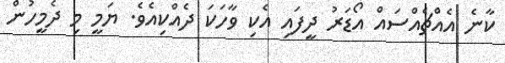
ކާނެ އެއްޗެއްސައް އޯޑަރު ދީފައި އެކި ވާހަކަ ދެއްކިއެވެ. ޔަމީ މި ދެމީހުން